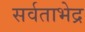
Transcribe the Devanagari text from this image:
सर्वताभेद्र